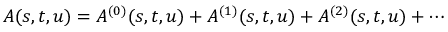
A ( s , t , u ) = A ^ { ( 0 ) } ( s , t , u ) + A ^ { ( 1 ) } ( s , t , u ) + A ^ { ( 2 ) } ( s , t , u ) + \cdots